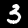
Digit: 3